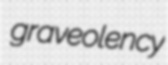
graveolency